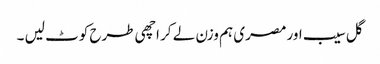
گل سیب اور مصری ہم وزن لے کر اچھی طرح کوٹ لیں ۔